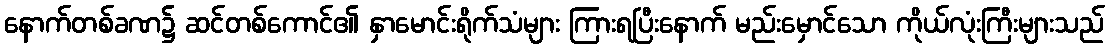
နောက်တစ်ခဏ၌ ဆင်တစ်ကောင်၏ နှာမောင်းရိုက်သံများ ကြားရပြီးနောက် မည်းမှောင်သော ကိုယ်လုံးကြီးများသည်